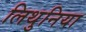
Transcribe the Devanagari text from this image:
लिथुनिया